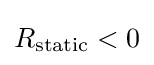
R_{\text{static}}<0